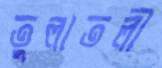
তুলাতলী